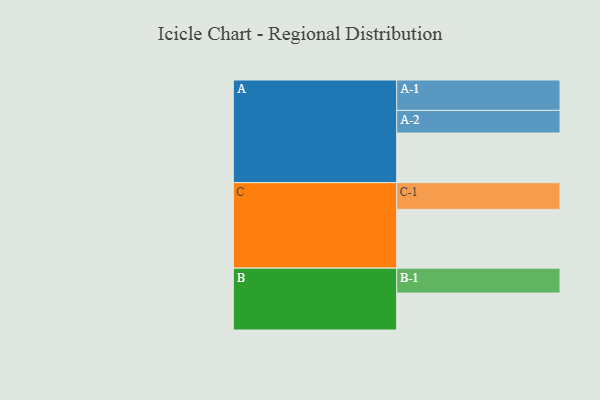
{"axis": {"x": "Segment", "y": "Value"}, "legend": ["", "A", "B", "C"], "data": [{"x": "A", "y": 476, "type": ""}, {"x": "B", "y": 354, "type": ""}, {"x": "C", "y": 563, "type": ""}, {"x": "A-1", "y": 291, "type": "A"}, {"x": "A-2", "y": 217, "type": "A"}, {"x": "B-1", "y": 239, "type": "B"}, {"x": "C-1", "y": 256, "type": "C"}]}